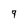
Character: 9